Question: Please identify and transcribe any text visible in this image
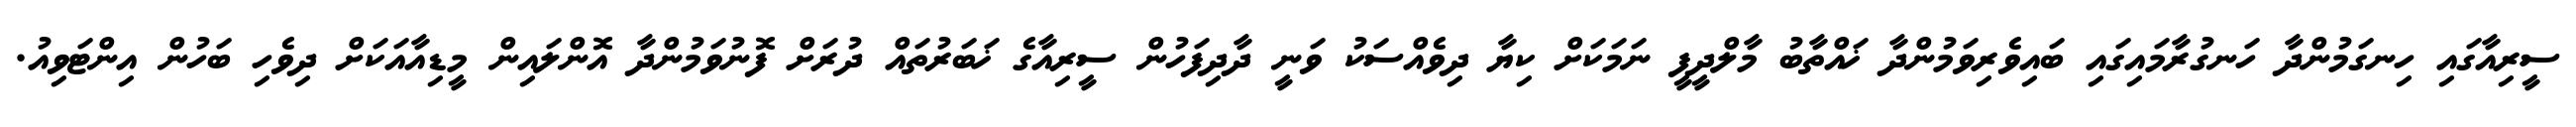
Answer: ސީރިއާގައި ހިނގަމުންދާ ހަނގުރާމައިގައި ބައިވެރިވަމުންދާ ޚައްތާބު މާލްދީފީ ނަމަކަށް ކިޔާ ދިވެއްސަކު ވަނީ ދާދިފަހުން ސީރިއާގެ ޚަބަރުތައް ދުރަށް ފޮނުވަމުންދާ އޮންލައިން މީޑިއާއަކަށް ދިވެހި ބަހުން އިންޓަވިއު.